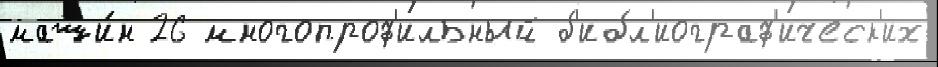
маши́н 26 многопроф'ильный б'ибл'иограф'ическ'их